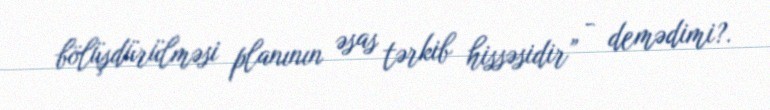
bölüşdürülməsi planının əsas tərkib hissəsidir” - demədimi?.